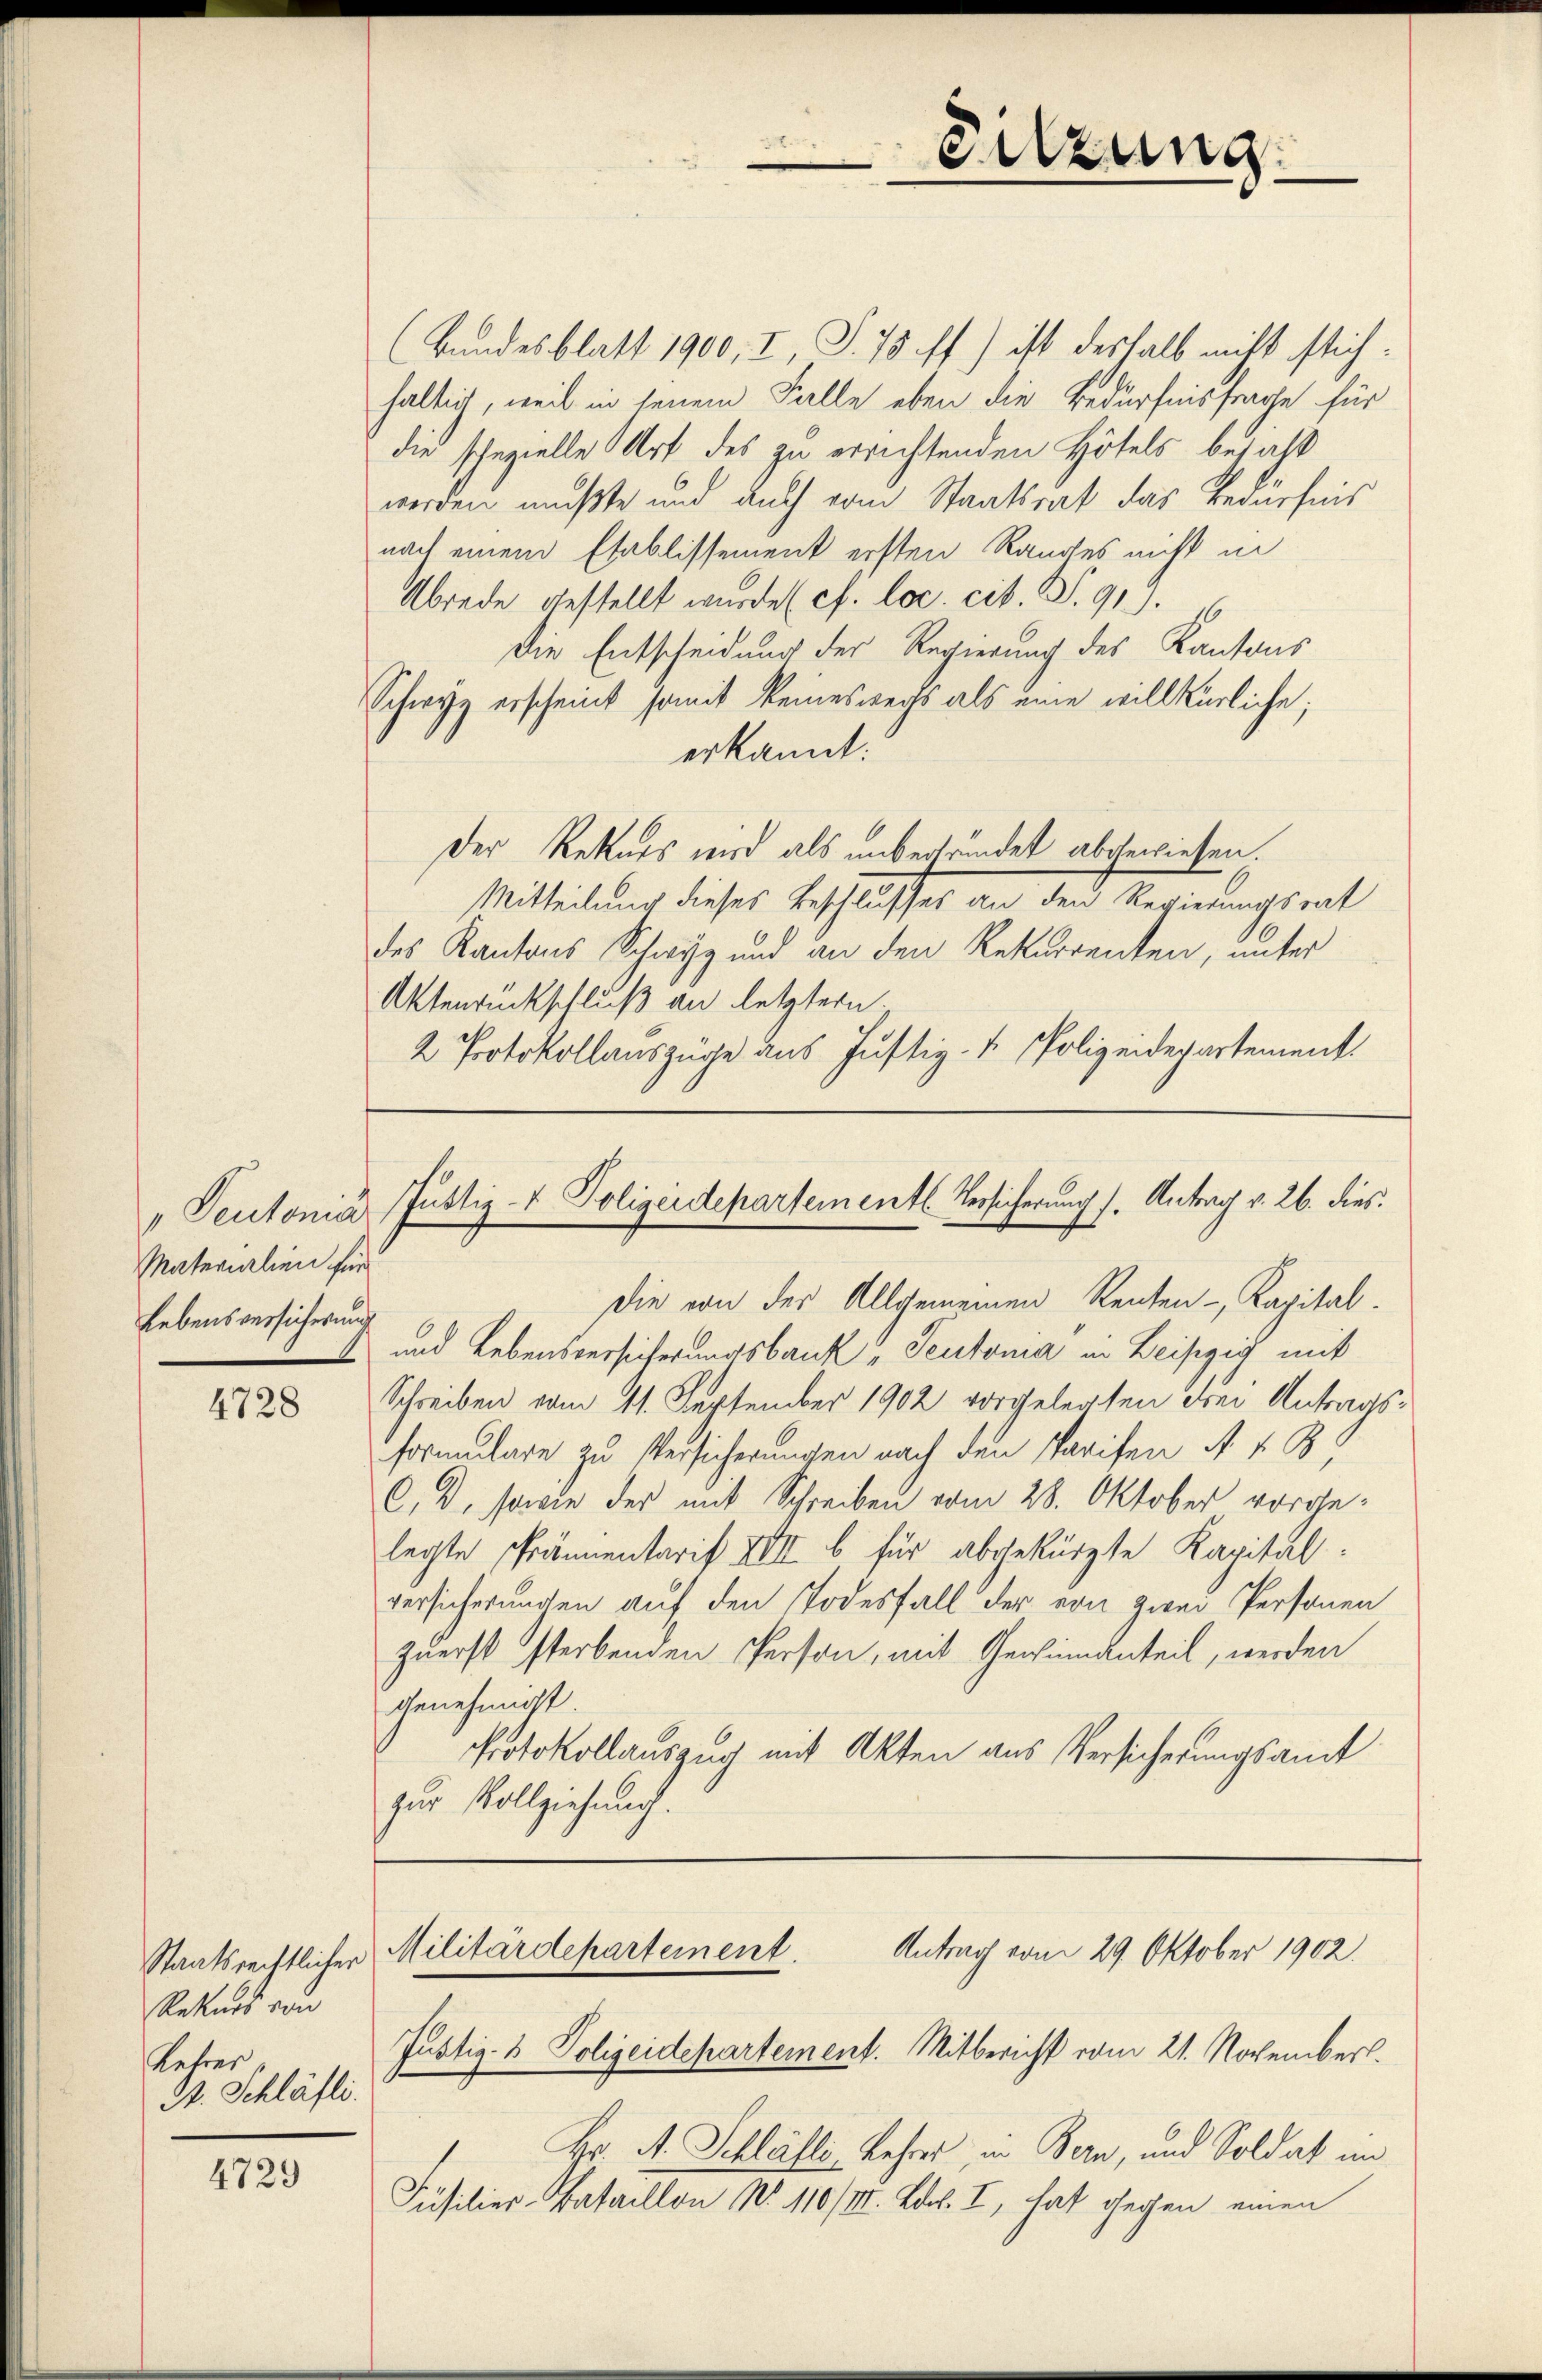
Peutonia
Materialien für
Lebensversicherung

4728

Rekurs von
Lehrer
S. Schläfli.

4729

(Bundesblatt 1900, I, S. 78 ff.) ist deshalb nicht stichhaltig, weil in seinem Falle eben die Bedürfnisfrage für
die spezielle Art des zu errichtenden Höfels besaß
werden mußte und auch vom Staatsrat das Bedürfnis
nach einem Etablissement ersten Randes nicht in
Abrede gestellt wurde (cf. loc. cit. S. 91).
Die Entscheidung der Regierung des Kantons
Schwyz erscheint somit keineswechs als eine willkürliche;
erkannt:
Der Rekurs wird als unbegründet abgewiesen.
Mitteilung dieses Beschlusses an den Regierungsrat
des Kantons Schwyz und an den Rekurrenten, unter
Aktenrückschluß an letztern.
2 Protokollauszüge aus Justiz- & Polizeidepartement

Sitzung

Die von der Allgemeinen Renten-, Kapital.
und Lebensversicherungsbank“ Teutonia in Leipzig mit
Schreiben vom 11. September 1902 vorgelegten Frei Antragsformulare zu Versicherungen nach den Parifen A. v. B
C. D. sowie der mit Schreiben vom 28. Oktober vorgelegte Prännentarif XVII b für abgekürzte Kapitalversicherungen auf den Todesfall der von zwei Personen
zuerst sterbenden Person, mit Gewinnanteil, werden
genehmigt.
Protokollauszug mit Akten aus Versicherungsamt
zur Vollziehung.

Justiz- & Polizeidepartementl. Versicherung s. Antrag v. 26. dies

Antrag vom 29. Oktober 1902.
Staatsrechtlicher Militärdepartement
Justiz- & Polizeidepartement. Mitbericht vom 21. November.

Hr. A. Schläfli, Lehrers, in Bern, und Soldat im
Füsilier-Bataillon No. 110/III. Bd. I, hat gegen einen